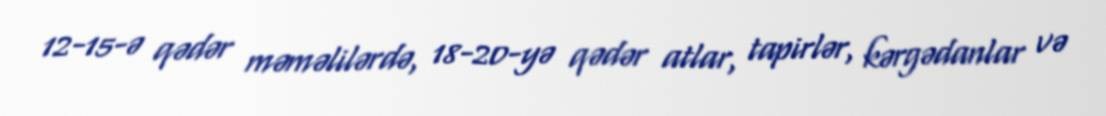
12-15-ə qədər məməlilərdə, 18-20-yə qədər atlar, tapirlər, kərgədanlar və